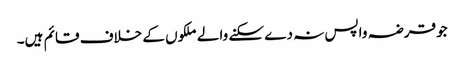
جو قرضہ واپس نہ دے سکنے والے ملکوں کے خلاف قائم ہیں۔